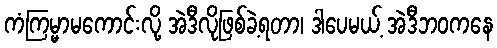
ကံကြမ္မာမကောင်းလို့ အဲဒီလိုဖြစ်ခဲ့ရတာ၊ ဒါပေမယ့် အဲဒီဘဝကနေ